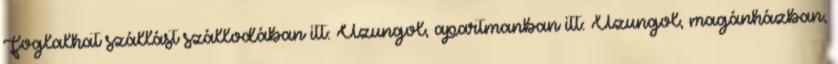
Foglalhat szállást szállodában itt: Uzungol, apartmanban itt: Uzungol, magánházban,